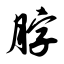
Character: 脖